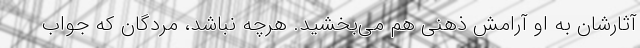
آثارشان به او آرامش ذهنی هم می‌بخشید. هرچه نباشد، مردگان که جواب